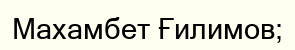
Махамбет Ғилимов;